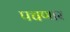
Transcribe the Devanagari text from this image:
पचणार